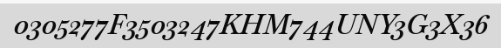
0305277F3503247KHM744UNY3G3X36